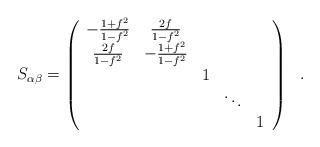
LaTeX: \begin{align*}S_{\alpha\beta} = \left( \begin{array}{ccccc} -\frac{1 + f^2}{1-f^2} & \frac{2f}{1-f^2}& & & \\ \frac{2f}{1-f^2} & -\frac{1+f^2}{1-f^2} & & & \\ & & 1 & & \\ & & &\ddots & \\ & & & & 1 \end{array} \right)~~.\end{align*}